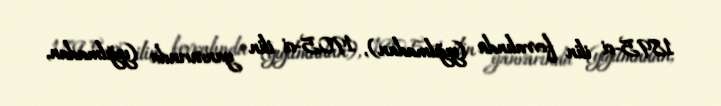
1895-ci ilin fevralında (yığılmadan), 1905-ci ilin yanvarında (yığılmadan,